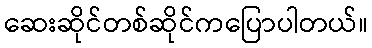
ဆေးဆိုင်တစ်ဆိုင်ကပြောပါတယ်။